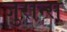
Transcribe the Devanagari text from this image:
जुरान्स